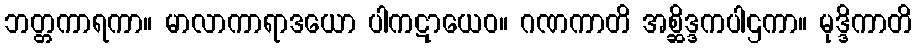
ဘတ္တကာရကာ။ မာလာကာရာဒယော ပါကဋာယေဝ။ ဂဏကာတိ အစ္ဆိဒ္ဒကပါဌကာ။ မုဒ္ဒိကာတိ